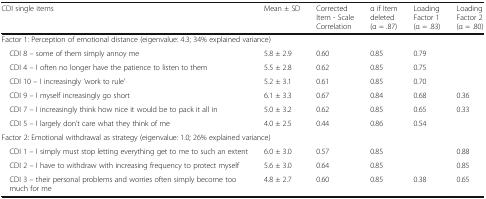
| CDI single items | Mean ± SD | Corrected Item - Scale Correlation | α if Item deleted(α = .87) | Loading Factor 1(α = .83) | Loading Factor 2(α = .80) |
 | --- | --- | --- | --- | --- | --- |
 | <COLSPAN=6> Factor 1: Perception of emotional distance (eigenvalue: 4.3; 34% explained variance) |
 | CDI 8 – some of them simply annoy me | 5.8 ± 2.9 | 0.60 | 0.85 | 0.79 |  |
 | CDI 4 – I often no longer have the patience to listen to them | 5.5 ± 2.8 | 0.62 | 0.85 | 0.75 |  |
 | CDI 10 – I increasingly ‘work to rule’ | 5.2 ± 3.1 | 0.61 | 0.85 | 0.70 |  |
 | CDI 9 – I myself increasingly go short | 6.1 ± 3.3 | 0.67 | 0.84 | 0.68 | 0.36 |
 | CDI 7 – I increasingly think how nice it would be to pack it all in | 5.0 ± 3.2 | 0.62 | 0.85 | 0.65 | 0.33 |
 | CDI 5 – I largely don’t care what they think of me | 4.0 ± 2.5 | 0.44 | 0.86 | 0.54 |  |
 | <COLSPAN=6> Factor 2: Emotional withdrawal as strategy (eigenvalue: 1.0; 26% explained variance) |
 | CDI 1 – I simply must stop letting everything get to me to such an extent | 6.0 ± 3.0 | 0.57 | 0.85 |  | 0.88 |
 | CDI 2 – I have to withdraw with increasing frequency to protect myself | 5.6 ± 3.0 | 0.64 | 0.85 |  | 0.85 |
 | CDI 3 – their personal problems and worries often simply become too much for me | 4.8 ± 2.7 | 0.60 | 0.85 | 0.38 | 0.65 |